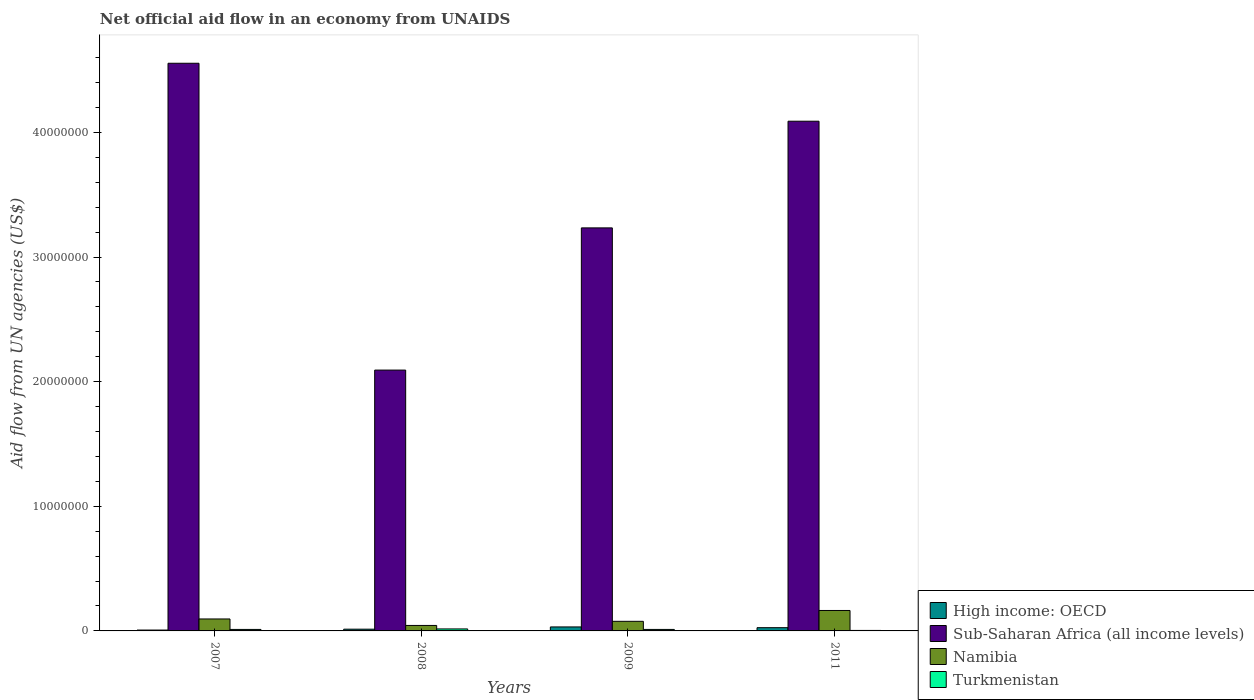
| Years | High income: OECD | Sub-Saharan Africa (all income levels) | Namibia | Turkmenistan |
 | --- | --- | --- | --- | --- |
 | 2007 | 7e+04 | 4.56e+07 | 9.6e+05 | 1.2e+05 |
 | 2008 | 1.4e+05 | 2.09e+07 | 4.4e+05 | 1.6e+05 |
 | 2009 | 3.2e+05 | 3.23e+07 | 7.7e+05 | 1.2e+05 |
 | 2011 | 2.6e+05 | 4.09e+07 | 1.64e+06 | 4e+04 |